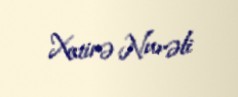
Xatirə Nurəli